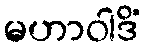
မဟာဝါဒိံ